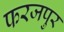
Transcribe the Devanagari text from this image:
फरजपुर